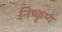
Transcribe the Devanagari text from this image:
निष्कृष्य